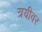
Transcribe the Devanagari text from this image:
त्रयीवर